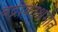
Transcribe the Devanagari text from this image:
बद्रीकाश्रमात